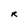
Character: R